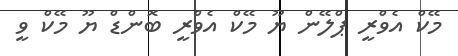
މޭކް އެވްރީ ޕްލޭން ޔޫ މޭކް އެވްރީ ބޮންޑް ޔޫ މޭކް ވީ